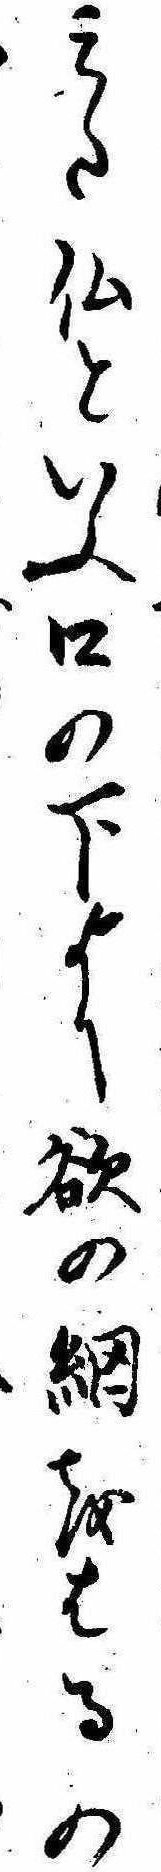
みた仏といふ口の下より欲の網をはるの